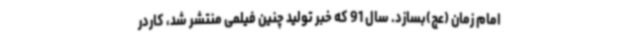
امام زمان (عج)بسازد. سال 91 که خبر تولید چنین فیلمی منتشر شد، کاردر